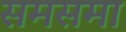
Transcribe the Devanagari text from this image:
समसमा